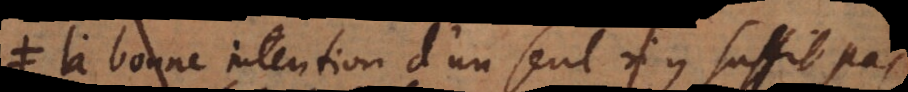
La bonne intention d’un seul n’y suffit pas,